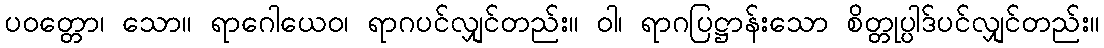
ပဝတ္တော၊ သော။ ရာဂေါယေဝ၊ ရာဂပင်လျှင်တည်း။ ဝါ၊ ရာဂပြဋ္ဌာန်းသော စိတ္တုပ္ပါဒ်ပင်လျှင်တည်း။